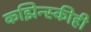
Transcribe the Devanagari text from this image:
कझिन्स्कीही